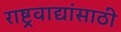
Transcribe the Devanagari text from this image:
राष्ट्रवाद्यांसाठी